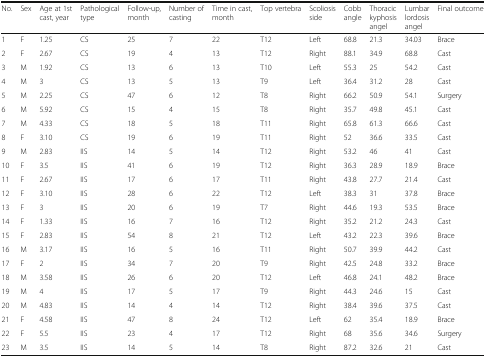
<table><thead><tr><td><b>No.</b></td><td><b>Sex</b></td><td><b>Age at 1st cast, year</b></td><td><b>Pathological type</b></td><td><b>Follow-up, month</b></td><td><b>Number of casting</b></td><td><b>Time in cast, month</b></td><td><b>Top vertebra</b></td><td><b>Scoliosis side</b></td><td><b>Cobb angle</b></td><td><b>Thoracic kyphosis angel</b></td><td><b>Lumbar lordosis angel</b></td><td><b>Final outcome</b></td></tr></thead><tbody><tr><td>1</td><td>F</td><td>1.25</td><td>CS</td><td>25</td><td>7</td><td>22</td><td>T12</td><td>Left</td><td>68.8</td><td>21.3</td><td>34.03</td><td>Brace</td></tr><tr><td>2</td><td>F</td><td>2.67</td><td>CS</td><td>19</td><td>4</td><td>13</td><td>T12</td><td>Right</td><td>88.1</td><td>34.9</td><td>68.8</td><td>Cast</td></tr><tr><td>3</td><td>M</td><td>1.92</td><td>CS</td><td>13</td><td>6</td><td>13</td><td>T10</td><td>Left</td><td>55.3</td><td>25</td><td>54.2</td><td>Cast</td></tr><tr><td>4</td><td>M</td><td>3</td><td>CS</td><td>13</td><td>5</td><td>13</td><td>T9</td><td>Left</td><td>36.4</td><td>31.2</td><td>28</td><td>Cast</td></tr><tr><td>5</td><td>M</td><td>2.25</td><td>CS</td><td>47</td><td>6</td><td>12</td><td>T8</td><td>Right</td><td>66.2</td><td>50.9</td><td>54.1</td><td>Surgery</td></tr><tr><td>6</td><td>M</td><td>5.92</td><td>CS</td><td>15</td><td>4</td><td>15</td><td>T8</td><td>Right</td><td>35.7</td><td>49.8</td><td>45.1</td><td>Cast</td></tr><tr><td>7</td><td>M</td><td>4.33</td><td>CS</td><td>18</td><td>5</td><td>18</td><td>T11</td><td>Right</td><td>65.8</td><td>61.3</td><td>66.6</td><td>Cast</td></tr><tr><td>8</td><td>F</td><td>3.10</td><td>CS</td><td>19</td><td>6</td><td>19</td><td>T11</td><td>Right</td><td>52</td><td>36.6</td><td>33.5</td><td>Cast</td></tr><tr><td>9</td><td>M</td><td>2.83</td><td>IIS</td><td>14</td><td>5</td><td>14</td><td>T12</td><td>Right</td><td>53.2</td><td>46</td><td>41</td><td>Cast</td></tr><tr><td>10</td><td>F</td><td>3.5</td><td>IIS</td><td>41</td><td>6</td><td>19</td><td>T12</td><td>Right</td><td>36.3</td><td>28.9</td><td>18.9</td><td>Brace</td></tr><tr><td>11</td><td>F</td><td>2.67</td><td>IIS</td><td>17</td><td>6</td><td>17</td><td>T11</td><td>Right</td><td>43.8</td><td>27.7</td><td>21.4</td><td>Cast</td></tr><tr><td>12</td><td>F</td><td>3.10</td><td>IIS</td><td>28</td><td>6</td><td>22</td><td>T12</td><td>Left</td><td>38.3</td><td>31</td><td>37.8</td><td>Brace</td></tr><tr><td>13</td><td>F</td><td>3</td><td>IIS</td><td>20</td><td>6</td><td>19</td><td>T7</td><td>Right</td><td>44.6</td><td>19.3</td><td>53.5</td><td>Brace</td></tr><tr><td>14</td><td>F</td><td>1.33</td><td>IIS</td><td>16</td><td>7</td><td>16</td><td>T12</td><td>Right</td><td>35.2</td><td>21.2</td><td>24.3</td><td>Cast</td></tr><tr><td>15</td><td>F</td><td>2.83</td><td>IIS</td><td>54</td><td>8</td><td>21</td><td>T12</td><td>Left</td><td>43.2</td><td>22.3</td><td>39.6</td><td>Brace</td></tr><tr><td>16</td><td>M</td><td>3.17</td><td>IIS</td><td>16</td><td>5</td><td>16</td><td>T11</td><td>Right</td><td>50.7</td><td>39.9</td><td>44.2</td><td>Cast</td></tr><tr><td>17</td><td>F</td><td>2</td><td>IIS</td><td>34</td><td>7</td><td>20</td><td>T9</td><td>Right</td><td>42.5</td><td>24.8</td><td>33.2</td><td>Brace</td></tr><tr><td>18</td><td>M</td><td>3.58</td><td>IIS</td><td>26</td><td>6</td><td>20</td><td>T12</td><td>Left</td><td>46.8</td><td>24.1</td><td>48.2</td><td>Brace</td></tr><tr><td>19</td><td>M</td><td>4</td><td>IIS</td><td>17</td><td>5</td><td>17</td><td>T9</td><td>Right</td><td>44.3</td><td>24.6</td><td>15</td><td>Cast</td></tr><tr><td>20</td><td>M</td><td>4.83</td><td>IIS</td><td>14</td><td>4</td><td>14</td><td>T12</td><td>Right</td><td>38.4</td><td>39.6</td><td>37.5</td><td>Cast</td></tr><tr><td>21</td><td>F</td><td>4.58</td><td>IIS</td><td>47</td><td>8</td><td>24</td><td>T12</td><td>Left</td><td>62</td><td>35.4</td><td>18.9</td><td>Brace</td></tr><tr><td>22</td><td>F</td><td>5.5</td><td>IIS</td><td>23</td><td>4</td><td>17</td><td>T12</td><td>Right</td><td>68</td><td>35.6</td><td>34.6</td><td>Surgery</td></tr><tr><td>23</td><td>M</td><td>3.5</td><td>IIS</td><td>14</td><td>5</td><td>14</td><td>T8</td><td>Right</td><td>87.2</td><td>32.6</td><td>21</td><td>Cast</td></tr></tbody></table>